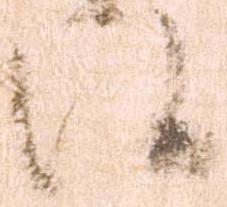
候